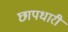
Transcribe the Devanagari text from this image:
छापधारी